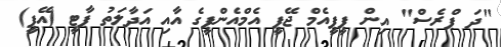
"ދަ ޕްރެސް" އިން ޕީޕީއެމް ޖޭޕީ އެމްއެންޕީގެ އާއި އަދާލަތު ޕާޓީ (އޭޕީ)